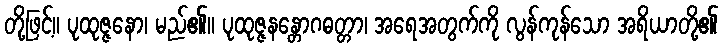
တို့ဖြင့်။ ပုထုဇ္ဇနော၊ မည်၏။ ပုထုဇ္ဇနန္တောဂဓတ္တာ၊ အရေအတွက်ကို လွန်ကုန်သော အရိယာတို့၏